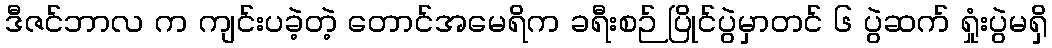
ဒီဇင်ဘာလ က ကျင်းပခဲ့တဲ့ တောင်အမေရိက ခရီးစဉ် ပြိုင်ပွဲမှာတင် ၆ ပွဲဆက် ရှုံးပွဲမရှိ